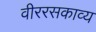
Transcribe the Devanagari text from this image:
वीररसकाव्य